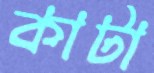
কাটা